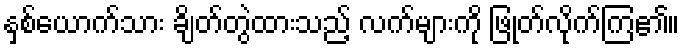
နှစ်ယောက်သား ချိတ်တွဲထားသည့် လက်များကို ဖြုတ်လိုက်ကြ၏။